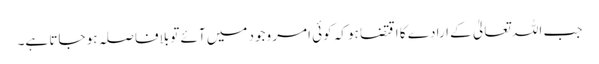
جب اللہ تعالیٰ کے ارادے کا اقتضا ہو کہ کوئی امر وجود میں آئے تو بلافاصلہ ہو جاتا ہے۔